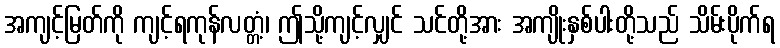
အကျင့်မြတ်ကို ကျင့်ရကုန်လတ္တံ့၊ ဤသို့ကျင့်လျှင် သင်တို့အား အကျိုးနှစ်ပါးတို့သည် သိမ်းပိုက်ရ